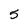
Character: 5